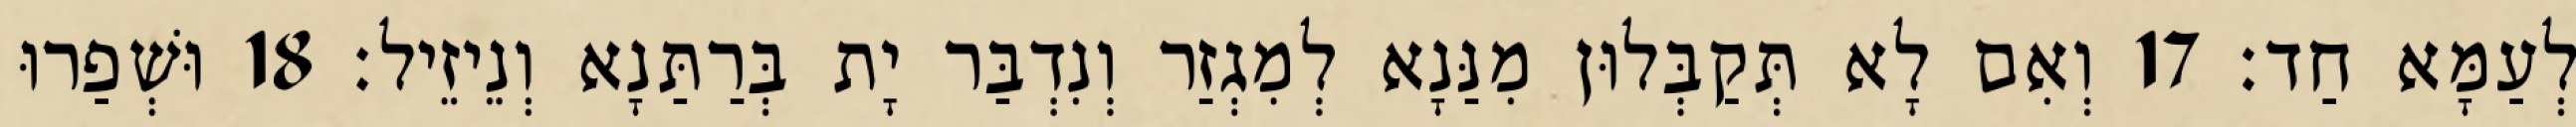
לְעַמָּא חַד׃ 17 וְאִם לָא תְּקַבְּלוּן מִנַּנָא לְמִגְזַר וְנִדְבַּר יָת בְּרַתַּנָא וְנֵיזֵיל׃ 18 וּשְׁפַרוּ